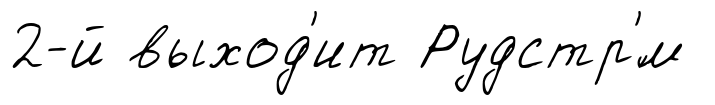
2-й выход'ит Рудстр'́м